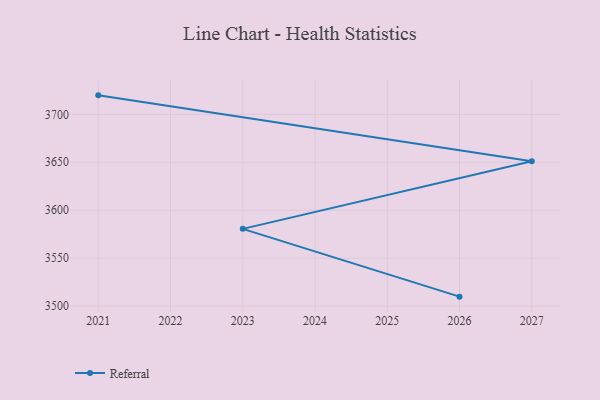
{"axis": {"x": "Year", "y": "Inventory Turnover"}, "legend": ["Referral"], "data": [{"x": "2021", "y": 3719.8, "type": "Referral"}, {"x": "2027", "y": 3651.1, "type": "Referral"}, {"x": "2023", "y": 3580.6, "type": "Referral"}, {"x": "2026", "y": 3509.9, "type": "Referral"}]}